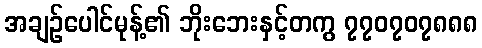
အချဉ်ပေါင်မုန့်၏ ဘိုးဘေးနှင့်တကွ ၇၇၀၇၀၇၈၈၈